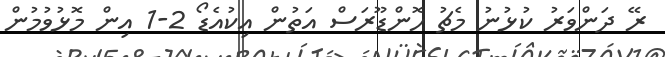
ރޭ ދަންވަރު ކުޅުނު މެޗު ހޮންޑޫރަސް އަތުން އިކުއެޑޯ 2-1 އިން މޮޅުވުމުން